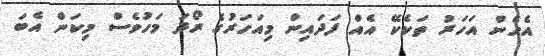
އެހެން އަހަރު ތަކެކޭ އެއް ފަދައިން މިއަހަރުގެ ރޯދަ މަހުވެސް މިކަން އެބަ